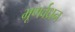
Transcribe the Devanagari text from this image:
भ्रूणर्वध्रन